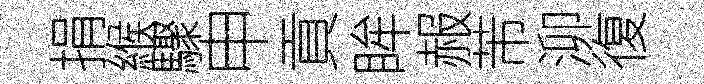
捐緱驟申貢眸赧芾泖復